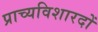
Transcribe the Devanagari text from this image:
प्राच्यविशारदों